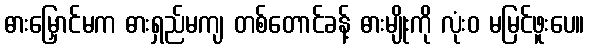
ဓားမြှောင်မက ဓားရှည်မကျ တစ်တောင်ခန့် ဓားမျိုးကို လုံးဝ မမြင်ဖူးပေ။